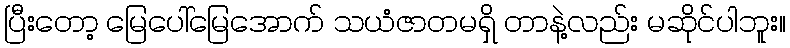
ပြီးတော့ မြေပေါ်မြေအောက် သယံဇာတမရှိ တာနဲ့လည်း မဆိုင်ပါဘူး။